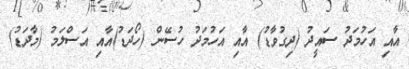
އާއި އަހުމަދު ސައީދު (ދިގުވާޑު) އާއި އަހުމަދު ހުސޭން (ހޯދަޑު)އާއި އަސްލަމު (މާދަޑު)